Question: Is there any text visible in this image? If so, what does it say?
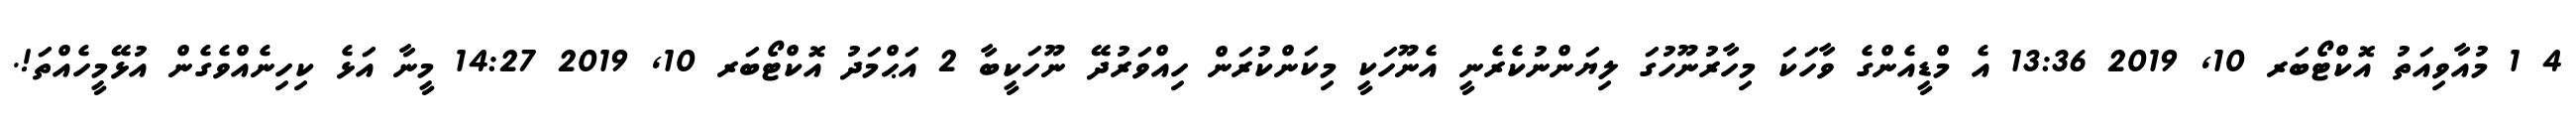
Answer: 4 1 މުއާވިއަތު އޮކްޓޯބަރ 10, 2019 13:36 އެ މްޑީއެންގެ ވާހަކަ މިހާރުނޫހުގަ ލިޔަންނުކެރެނީ އެނޫހަކީ މިކަންކުރަން ހިއްވަރުދޭ ނޫހަކީބާ 2 އަޙްމަދު އޮކްޓޯބަރ 10, 2019 14:27 މީނާ އަޅެ ކިހިނެއްވެގެން އުޅޭމީހެއްތަ!.